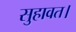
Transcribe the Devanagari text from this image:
सुहावत।